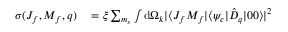
\begin{array} { r l } { \sigma ( J _ { f } , M _ { f } , q ) } & { { } = \xi \sum _ { m _ { s } } \int \mathrm { d } \Omega _ { k } | \langle J _ { f } M _ { f } | \langle \psi _ { c } | \hat { D } _ { q } | 0 0 \rangle | ^ { 2 } } \end{array}